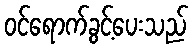
ဝင်ရောက်ခွင့်ပေးသည်